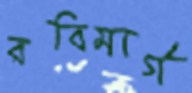
রবিমার্গ